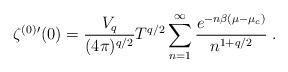
LaTeX: \begin{align*}\zeta^{(0)}{}'(0)= \frac{V_q}{(4\pi)^{q/2}}T^{q/2} \sum_{n=1}^{\infty}\frac{e^{-n\beta(\mu-\mu_c)}} {n^{1+q/2}}\;.\end{align*}